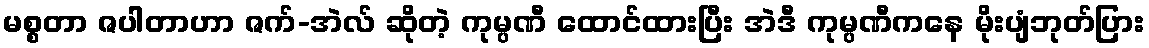
မစ္စတာ ဇပါတာဟာ ဇက်-အဲလ် ဆိုတဲ့ ကုမ္ပဏီ ထောင်ထားပြီး အဲဒီ ကုမ္ပဏီကနေ မိုးပျံဘုတ်ပြား